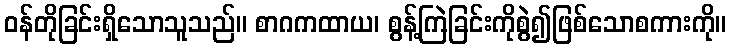
ဝန်တိုခြင်းရှိသောသူသည်။ စာဂကထာယ၊ စွန့်ကြဲခြင်းကိုစွဲ၍ဖြစ်သောစကားကို။